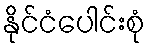
နိုင်ငံပေါင်းစုံ